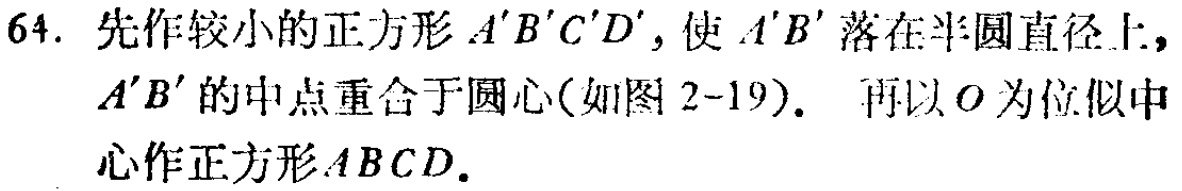
64. 先作较小的正方形 \(A'B'C'D'\)，使 \(A'B'\) 落在半圆直径上，\(A'B'\) 的中点重合于圆心(如图 2-19)。 再以 \(O\) 为位似中心作正方形 \(ABCD\)。